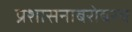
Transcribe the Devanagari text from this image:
प्रशासनाबरोबरच